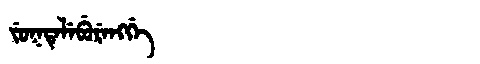
Manchu: ᠵᡠᡴᡨᡝᠯᡝᠪᡠᡵᡝᠩᡤᡝ
Romanization: JUKTELEBURENGGE